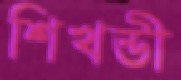
শিখন্ডী